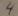
Text: 4